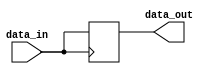
module transmission_gate_delay (
    input wire data_in,
    output reg data_out
);

reg internal_signal;

always @ (posedge data_in) begin
    #1 internal_signal <= data_in;
end

assign data_out = internal_signal;

endmodule